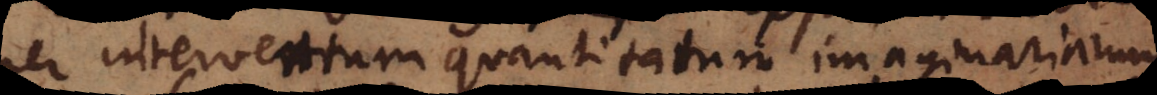
per interventum quantitatum imaginariarum